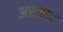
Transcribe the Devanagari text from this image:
अरक़म